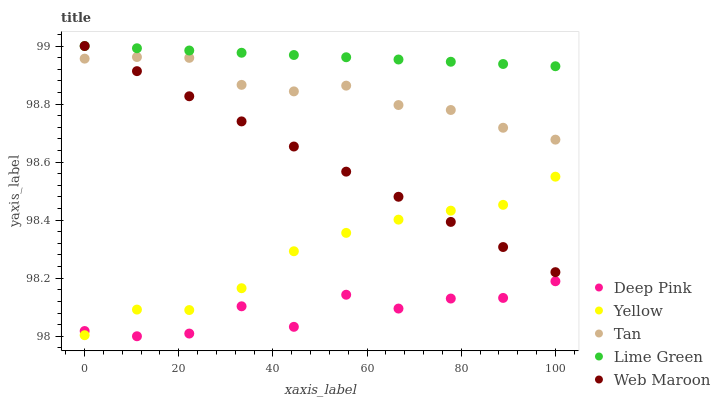
| xaxis_label | Deep Pink | Yellow | Tan | Lime Green | Web Maroon |
 | --- | --- | --- | --- | --- | --- |
 | 0 | 98 | 98 | 99 | 99 | 99 |
 | 11.1 | 98 | 98.1 | 99 | 99 | 98.9 |
 | 22.2 | 98 | 98.1 | 99 | 99 | 98.8 |
 | 33.3 | 98.1 | 98.2 | 98.9 | 99 | 98.7 |
 | 44.4 | 98 | 98.3 | 98.8 | 99 | 98.7 |
 | 55.6 | 98.1 | 98.4 | 98.9 | 99 | 98.6 |
 | 66.7 | 98.1 | 98.4 | 98.8 | 99 | 98.5 |
 | 77.8 | 98.1 | 98.4 | 98.8 | 98.9 | 98.4 |
 | 88.9 | 98.1 | 98.5 | 98.7 | 98.9 | 98.3 |
 | 100 | 98.2 | 98.5 | 98.7 | 98.9 | 98.2 |